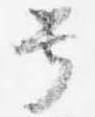
号